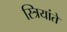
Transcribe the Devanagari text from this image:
स्त्रियांते